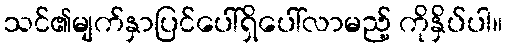
သင်၏မျက်နှာပြင်ပေါ်ရှိပေါ်လာမည့် ကိုနှိပ်ပါ။